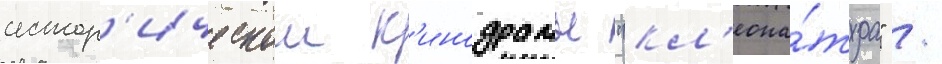
истор'ическои к'инодрамы "кл'еопа́тра" /